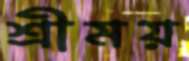
শ্রীময়